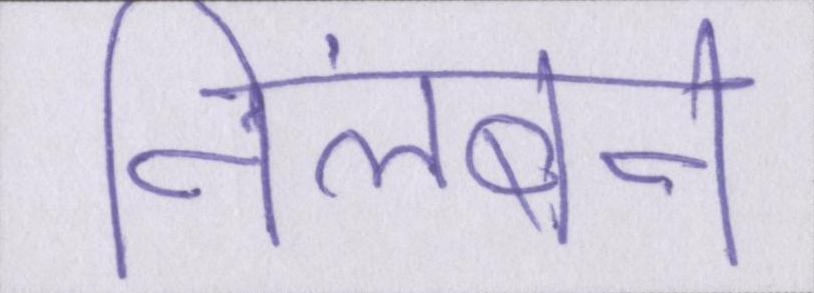
निलंबन